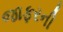
જાફરની